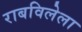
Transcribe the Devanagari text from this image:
राबविलेला